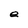
Character: e